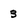
Character: 3